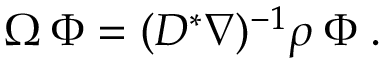
\Omega \: \Phi = ( D ^ { * } \nabla ) ^ { - 1 } \rho \: \Phi \; .